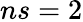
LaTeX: ns=2